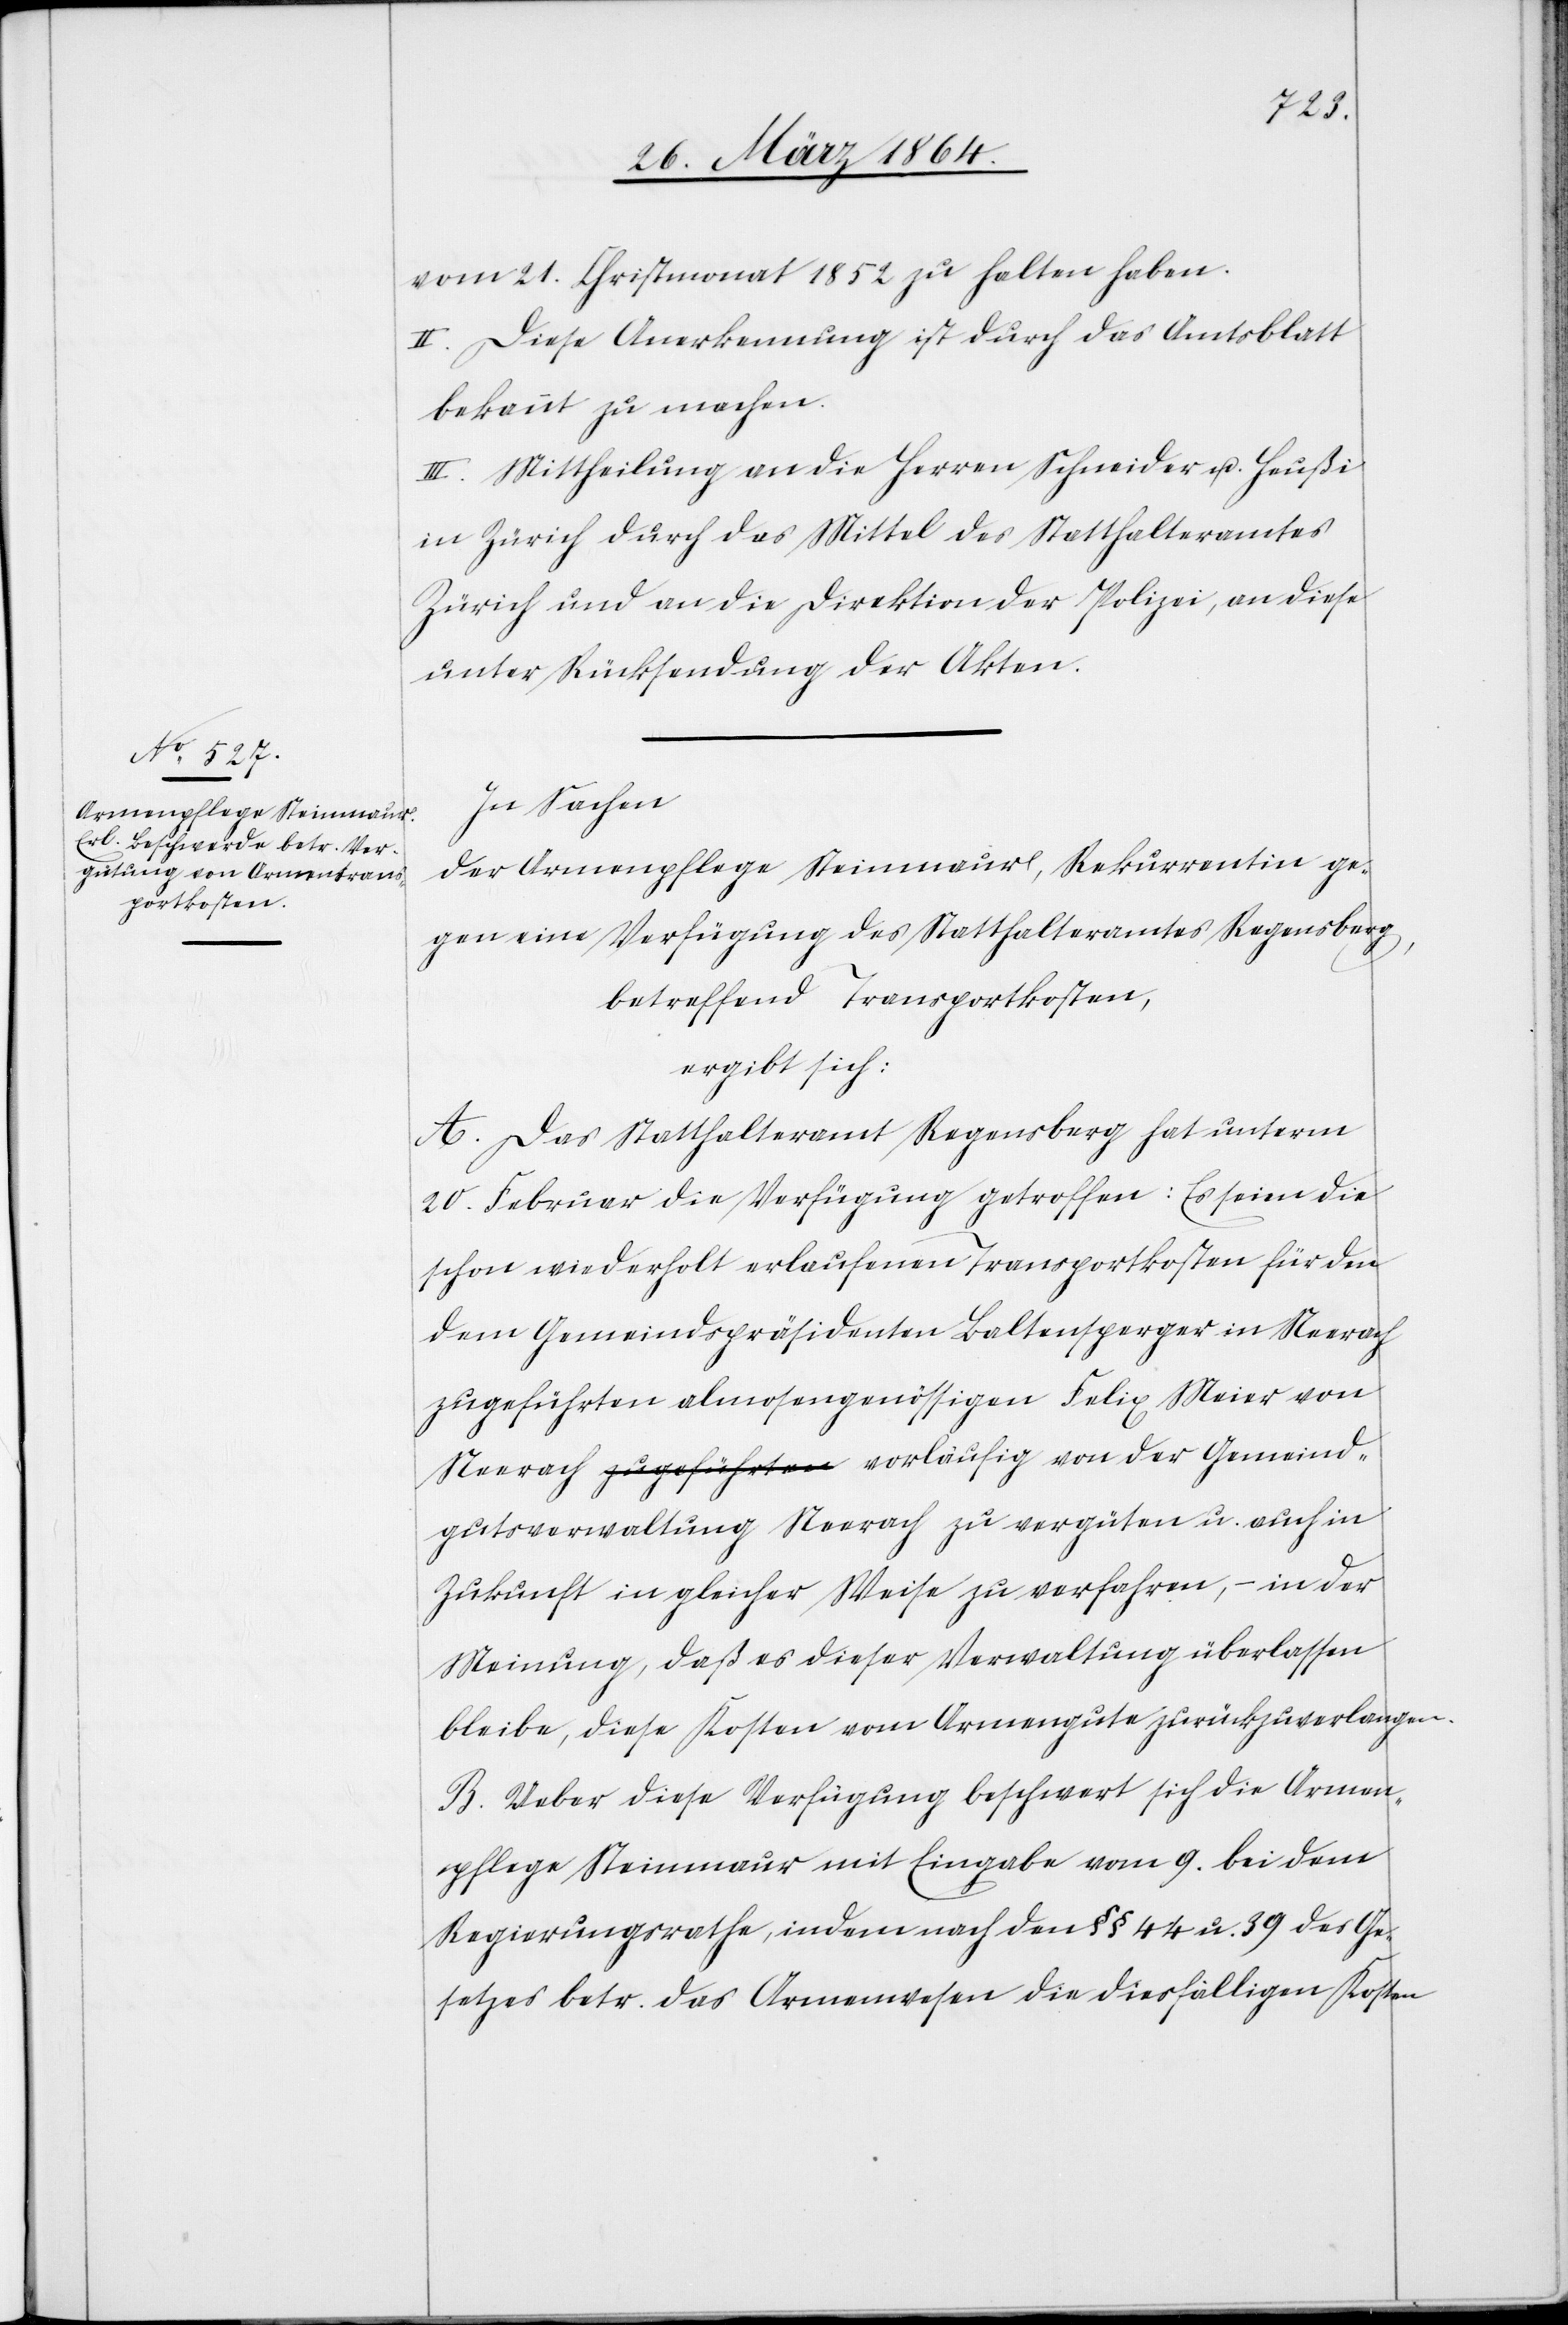
Gemeind¬
vom 21. Christmonat 1852 zu halten haben.
II. Diese Anerkennung ist durch das Amtsblatt
bekannt zu machen.
III. Mittheilung an die Herren Schneider u. Heußi
in Zürich durch das Mittel des Statthalteramtes
Zürich und an die Direktion der Polizei, an diese
unter Rücksendung der Akten.
In Sachen
der Armenpflege Steinmaur, Rekurrentin ge¬
gen eine Verfügung des Statthalteramtes Regensberg,
betreffend Transportkosten,
ergibt sich:
A. Das Statthalteramt Regensberg hat unterm
20. Februar die Verfügung getroffen: Es seien die
schon wiederholt erlaufenen Tranportkosten für den
dem Gemeindspräsidenten Baltensperger in Neerach
zugeführten almosengenössigen Felix Meier von
gutsverwaltung Neerach zu vergüten, – in
Meinung, daß es dieser Verwaltung überlassen
bleibe, diese Kosten vom Armengute zurückzuverlangen.
B. Ueber diese Verfügung beschwert sich die Armen¬
pflege Steinmaur mit Eingabe vom 9. bei dem
Regierungsrathe, indem nach den §§ 44 u. 39 des Ge¬
setzes betr. das Armenwesen die diesfälligen Kosten